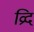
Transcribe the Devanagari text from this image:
व्रिद